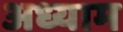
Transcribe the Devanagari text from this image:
अध्याम